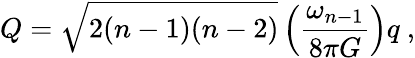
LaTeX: Q=\sqrt{2(n-1)(n-2)}\left({\frac{\omega_{n-1}}{8\pi G}}\right)q\ ,